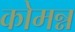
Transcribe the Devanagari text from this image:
कोमन्न